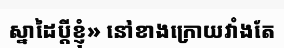
ស្នាដៃប្តីខ្ញុំ» នៅខាងក្រោយវាំងតែ